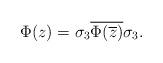
LaTeX: \begin{align*}\Phi(z) = \sigma_{3} \overline{\Phi(\overline{z})}\sigma_{3}.\end{align*}